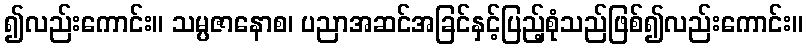
၍လည်းကောင်း။ သမ္ပဇာနောစ၊ ပညာအဆင်အခြင်နှင့်ပြည့်စုံသည်ဖြစ်၍လည်းကောင်း။